Vaccination Hyderabad 1872-1889 - 1872-1889
Year: 1872
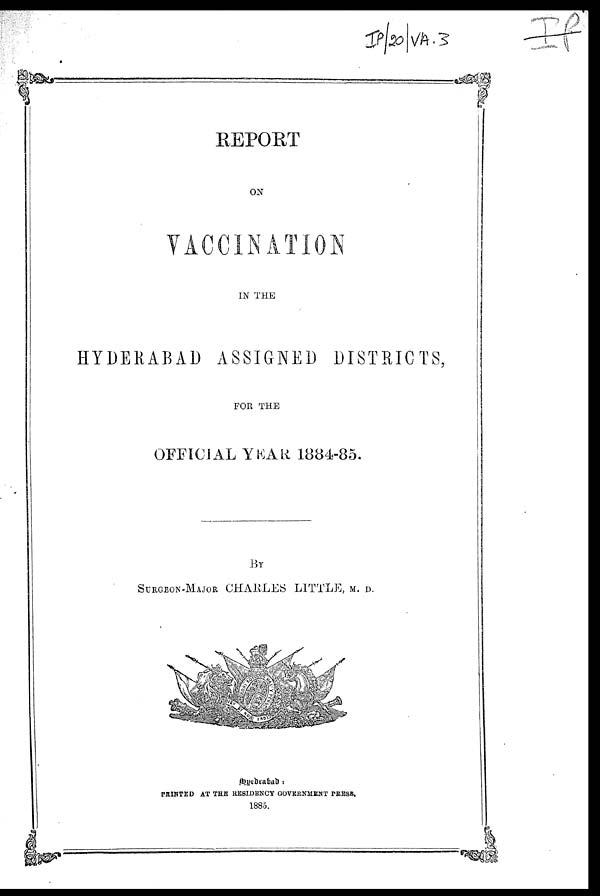
REPORT
ON
VACCINATION
IN THE
HYDERABAD ASSIGNED DISTRICTS,
FOR THE
OFFICIAL YEAR 1884-85.
BY
SURGEON-MAJOR CHARLES LITTLE, M. D.
Hyidrabad:
PRINTED AT THE RESIDENCY GOVERNMENT PRESS.
1885.